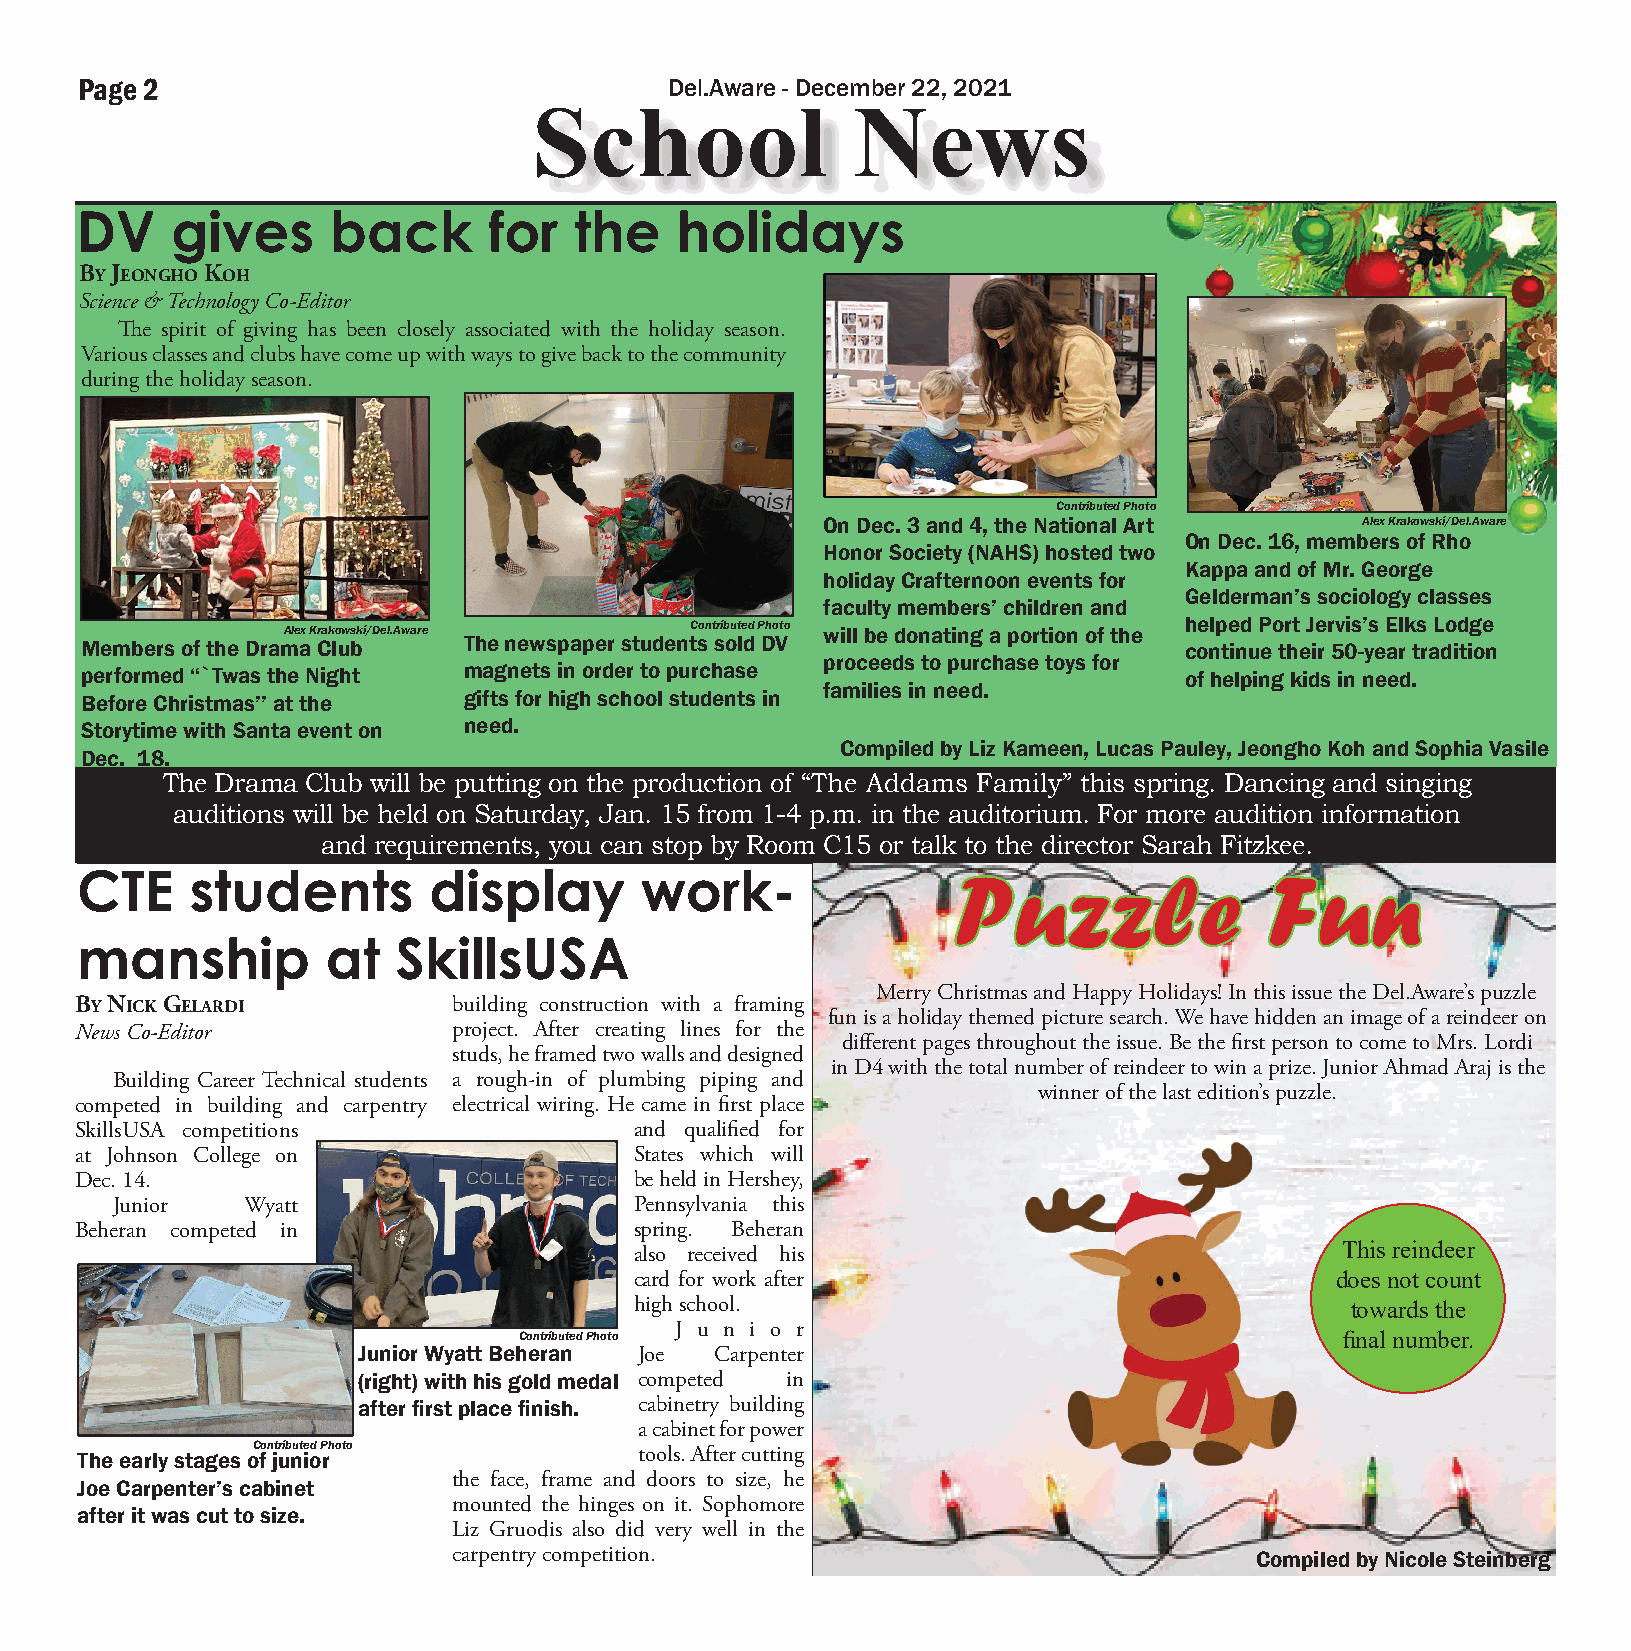
Page 2                                 Del.Aware - December 22, 2021
 School               News
 DV    gives      back      for   the    holidays
 By JeoNGho koh
 Science & Technology Co-Editor
 The spirit of giving has been closely associated with the holiday season.
 Various classes and clubs have come up with ways to give back to the community
 during the holiday season.
 Contributed Photo
 On Dec. 3 and 4, the National Art  Alex Krakowski/Del.Aware
 On Dec. 16, members of Rho
 Honor Society (NAHS) hosted two
 Kappa and of Mr. George
 holiday Crafternoon events for
 Gelderman’s sociology classes
 faculty members’ children and
 Alex Krakowski/Del.Aware   Contributed Photo will be donating a portion of the helped Port Jervis’s Elks Lodge
 Members of the Drama Club The newspaper students sold DV                 continue their 50-year tradition
 proceeds to purchase toys for
 performed “`Twas the Night magnets in order to purchase                  of helping kids in need.
 families in need.
 Before Christmas’’ at the gifts for high school students in
 Storytime with Santa event on need.
 Compiled by Liz Kameen, Lucas Pauley, Jeongho Koh and Sophia Vasile
 Dec. 18.
 The Drama Club will be putting on the production of “The Addams Family” this spring. Dancing and singing
 auditions will be held on Saturday, Jan. 15 from 1-4 p.m. in the auditorium. For more audition information
 and requirements, you can stop by Room C15 or talk to the director Sarah Fitzkee.
 CTE     students       display       work-                PPuuzzzzllee         FFuunn
 manship          at  SkillsUSA
 Merry Christmas and Happy Holidays! In this issue the Del.Aware’s puzzle
 By Nick Gelardi          building construction with a framing
 fun is a holiday themed picture search. We have hidden an image of a reindeer on
 News Co-Editor           project. After creating lines for the
 different pages throughout the issue. Be the first person to come to Mrs. Lordi
 studs, he framed two walls and designed
 in D4 with the total number of reindeer to win a prize. Junior Ahmad Araj is the
 Building Career Technical students a rough-in of plumbing piping and
 winner of the last edition’s puzzle.
 competed in building and carpentry electrical wiring. He came in first place
 SkillsUSA competitions               and qualified for
 at Johnson College on                States which will
 Dec. 14.                             be held in Hershey,
 Junior   Wyatt                     Pennsylvania this
 Beheran competed in                  spring. Beheran
 also received his                              This reindeer
 card for work after                           does not count
 high school.                                   towards the
 J u n i o r
 Contributed Photo                                      final number.
 Junior Wyatt Beheran Joe Carpenter
 (right) with his gold medal competed in
 after first place finish. cabinetry building
 a cabinet for power
 Contributed Photo
 tools. After cutting
 The early stages of junior
 the face, frame and doors to size, he
 Joe Carpenter’s cabinet
 mounted the hinges on it. Sophomore
 after it was cut to size.
 Liz Gruodis also did very well in the
 carpentry competition.                               Compiled by Nicole Steinberg